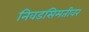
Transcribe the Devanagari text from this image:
निवडसिमतीवर